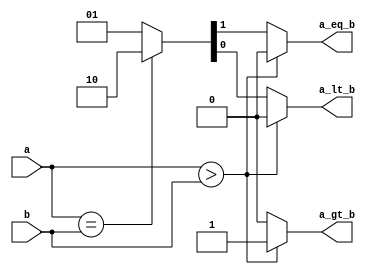
module comparator (a, b, a_gt_b, a_eq_b, a_lt_b);
input [31:0] a, b;
output reg a_gt_b, a_eq_b, a_lt_b;
always @(a or b)
begin 
if (a>b)
{a_gt_b, a_eq_b, a_lt_b} = 3'b100;
else if (a==b)
{a_gt_b, a_eq_b, a_lt_b} = 3'b010;
else
{a_gt_b, a_eq_b, a_lt_b} = 3'b001;
end
endmodule